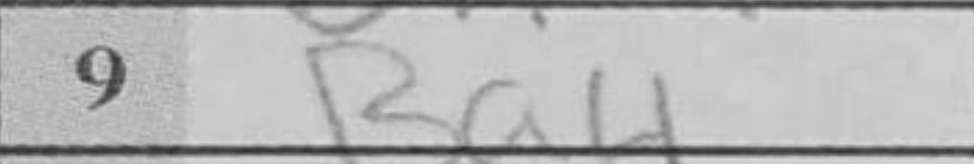
Transcription: Ba4